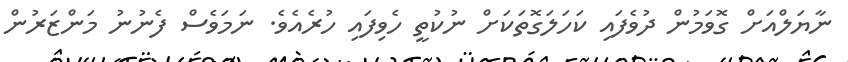
ނާޔަލްއަށް ގޮވަމުން ދުވެފައި ކަހަލަގޮތަކަށް ނުކުތީ ހެވިފައި ހުރެއެވެ. ނަމަވެސް ފެނުނު މަންޒަރުން